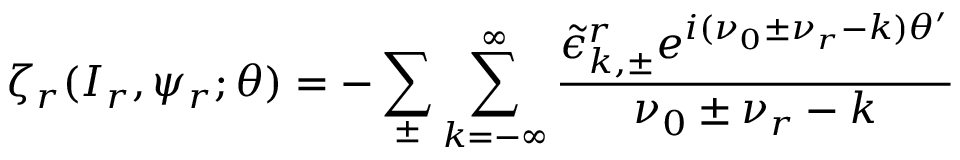
\zeta _ { r } ( I _ { r } , \psi _ { r } ; \theta ) = - \sum _ { \pm } \sum _ { k = - \infty } ^ { \infty } \frac { \tilde { \epsilon } _ { k , \pm } ^ { r } e ^ { i ( \nu _ { 0 } \pm \nu _ { r } - k ) \theta ^ { \prime } } } { \nu _ { 0 } \pm \nu _ { r } - k }